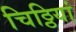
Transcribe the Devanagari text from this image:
चिठ्ठियां